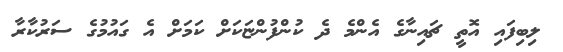
ލިބިފައި އޮތީ ޗައިނާގެ އެންމެ ދެ ކުންފުންޏަކަށް ކަމަށް އެ ގައުމުގެ ސަރުކާރާ